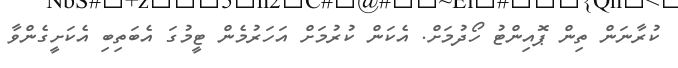
ކުރާނަން ތިން ޕޮއިންޓު ހޯދުމަށް. އެކަން ކުރުމަށް އަހަރުމެން ޓީމުގަ އެބަތިބި އެކަށީގެންވާ